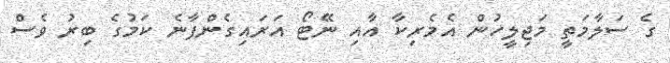
ގެ ސަލާމަތީ މަޖިލީހުން އެމެރިކާ އާއި ނޭޓޯ އަރައިގެންފާނެ ކަމުގެ ބިރު ވެސް